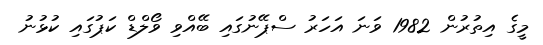
މީގެ އިތުރުން 1982 ވަނަ އަހަރު ސްޕޭނުގައި ބޭއްވި ވޯލްޑް ކަޕުގައި ކުޅުނު